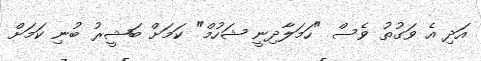
އަދި އެ ވަގުތު ވެސް "ހަމަލާދިނީ ޝަހުމް" ކަމަށް ބަޝީރު ބުނި ކަމަށް